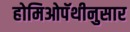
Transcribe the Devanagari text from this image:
होमिओपॅथीनुसार